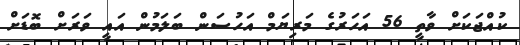
ކުއްޖަކަށް ވާތީ 56 އަހަރުގެ މަރިޔަމް އަހުސަން ބަލަމުން އައީ ވަރަށް ބޮޑަށް